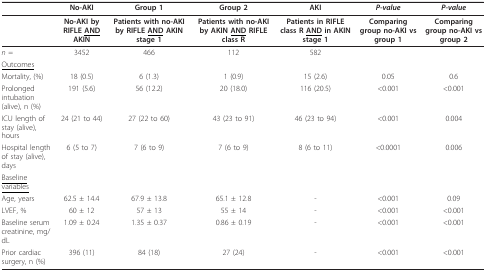
<table><thead><tr><td></td><td><b>No-AKI</b></td><td><b>Group 1</b></td><td><b>Group 2</b></td><td><b>AKI</b></td><td><b><i>P-value</i></b></td><td><b><i>P-value</i></b></td></tr></thead><tbody><tr><td></td><td><b>No-AKI by RIFLE <underline>AND</underline> AKIN</b></td><td><b>Patients with no-AKI by RIFLE <underline>AND</underline> AKIN stage 1</b></td><td><b>Patients with no-AKI by AKIN <underline>AND</underline> RIFLE class R</b></td><td><b>Patients in RIFLE class R <underline>AND</underline> in AKIN stage 1</b></td><td><b>Comparing group no-AKI vs group 1</b></td><td><b>Comparing group no-AKI vs group 2</b></td></tr><tr><td><i>n </i>=</td><td>3452</td><td>466</td><td>112</td><td>582</td><td></td><td></td></tr><tr><td><underline>Outcomes</underline></td><td></td><td></td><td></td><td></td><td></td><td></td></tr><tr><td>Mortality, (%)</td><td>18 (0.5)</td><td>6 (1.3)</td><td>1 (0.9)</td><td>15 (2.6)</td><td>0.05</td><td>0.6</td></tr><tr><td>Prolonged intubation (alive), n (%)</td><td>191 (5.6)</td><td>56 (12.2)</td><td>20 (18.0)</td><td>116 (20.5)</td><td>&lt;0.001</td><td>&lt;0.001</td></tr><tr><td>ICU length of stay (alive), hours</td><td>24 (21 to 44)</td><td>27 (22 to 60)</td><td>43 (23 to 91)</td><td>46 (23 to 94)</td><td>&lt;0.001</td><td>0.004</td></tr><tr><td>Hospital length of stay (alive), days</td><td>6 (5 to 7)</td><td>7 (6 to 9)</td><td>7 (6 to 9)</td><td>8 (6 to 11)</td><td>&lt;0.0001</td><td>0.006</td></tr><tr><td><underline>Baseline variables</underline></td><td></td><td></td><td></td><td></td><td></td><td></td></tr><tr><td>Age, years</td><td>62.5 ± 14.4</td><td>67.9 ± 13.8</td><td>65.1 ± 12.8</td><td>-</td><td>&lt;0.001</td><td>0.09</td></tr><tr><td>LVEF, %</td><td>60 ± 12</td><td>57 ± 13</td><td>55 ± 14</td><td>-</td><td>&lt;0.001</td><td>&lt;0.001</td></tr><tr><td>Baseline serum creatinine, mg/dL</td><td>1.09 ± 0.24</td><td>1.35 ± 0.37</td><td>0.86 ± 0.19</td><td>-</td><td>&lt;0.001</td><td>&lt;0.001</td></tr><tr><td>Prior cardiac surgery, n (%)</td><td>396 (11)</td><td>84 (18)</td><td>27 (24)</td><td>-</td><td>&lt;0.001</td><td>&lt;0.001</td></tr></tbody></table>